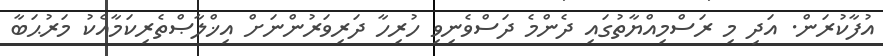
އުފާކުރަން. އަދި މި ރަސްމިއްޔާތުގައި ދެންމެ ދަސްވެނިވި ހުރިހާ ދަރިވަރުންނަށް އިޚްލާޞްތެރިކަމާއެކު މަރުޙަބާ